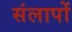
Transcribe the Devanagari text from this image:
संलापों